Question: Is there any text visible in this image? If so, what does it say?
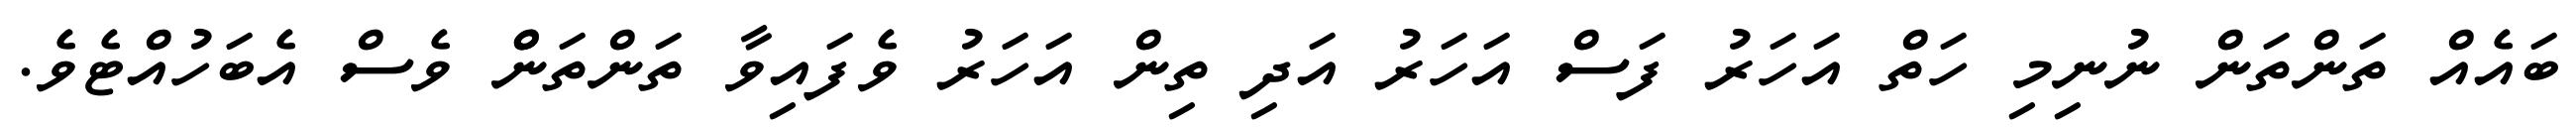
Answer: ބައެއް ތަންތަން ނުނިމި ހަތް އަހަރު ފަސް އަހަރު އަދި ތިން އަހަރު ވެފައިވާ ތަންތަންް ވެސް އެބަހުއްޓެވެ.